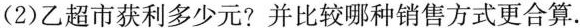
(2)乙超市获利多少元?并比较哪种销售方式更合算。